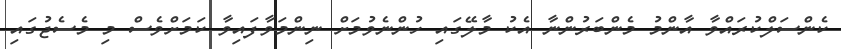
ކެންސަލްކުރައްވާ އާންމު މެންބަރުންނާ އެކު މާލޭގައި ހުންނެވުމަށް ނިންމަވާފައިވާ ކަމަށްވެސް މި މެސެޖުގައި